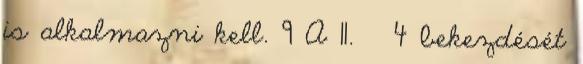
is alkalmazni kell. 9 A 11. § 4 bekezdését